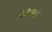
૨૭૭મો